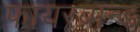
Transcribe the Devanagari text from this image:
फायरब्रान्ड